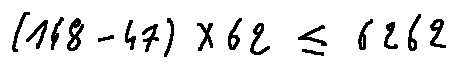
( 1 4 8 - 4 7 ) \times 6 2 \leq 6 2 6 2